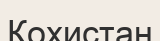
Кохистан